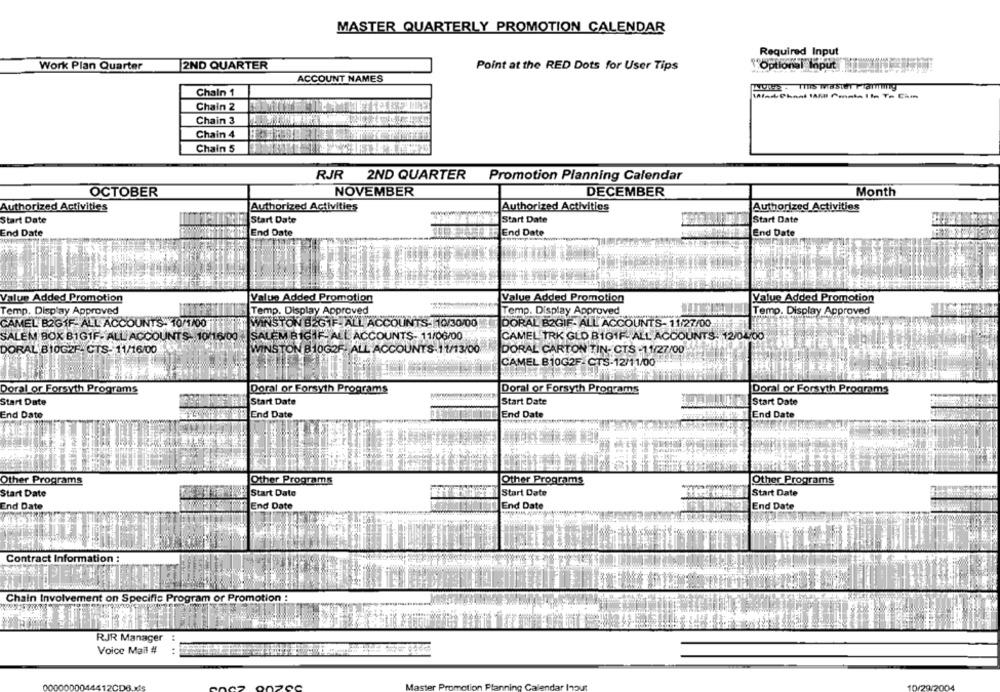
MASTER QUARTERLY PROMOTION CALENDAR
Required Input
Work Plan Quarter
2ND QUARTER
Point at the RED Dots for User Tips
"Optional Input
ACCOUNT NAMES
Chain 1
Chain 2
Chain 3
Chain 4
Chain 5
RJR 2ND QUARTER Promotion Planning Calendar
OCTOBER
NOVEMBER
DECEMBER
Month
Authorized Activities
Authorized Activities
Authorized Activities
Authorized Activities
Start Date
Start Date
Start Date
Start Date
End Date
End Date
End Date
End Date
Value Added Promotion
Value Added Promotion
Value Added Promotion
Value Added Promotion
Temp. Display Approved
Temp. Display Approved
Temp. Display Approved
: Temp. Display Approved
CAMEL B2GIF- ALL ACCOUNTS. 10/1/00
WINSTON B2GIF- ALL ACCOUNTS- 10/30/00
DORAL B2GIF- ALL ACCOUNTS- 11/27/00.
SALEM BOX BIG1F- ALL ACCOUNTS: 10/16/00
SALEM BIG IF- ALL ACCOUNTS- 11/06/00
CAMEL TRK GLD BIG1F- ALL ACCOUNTS: 12/04/00
DORAL B10G2F- CTS- 11/16/00
WINSTON 810G2F. ALL ACCOUNTS-11/13/00
DORAL CARTON TIN- CTS -11/27/00
CAMEL B10G2F.CTS-12/11/00
Doral or Forsyth Programs
Doral or Forsyth Programs
Doral or Forsyth Programs
Doral or Forsyth Programs
Start Date
Start Date
Start Date
Start Date
End Date
End Date
End Date
End Date
Other Programs
Other Programs
Other Programs
Other Programs
Start Date
Start Date
Start Date
Start Date
End Date
End Date
End Date
End Date
Contract Information :
Chain Involvement on Specific Program or Promotion :
RJR Manager
Voice Mail #